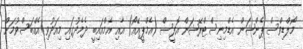
މޯލްޑިވްސް ޕެންޝަން އެޑްމިނިސްޓްރޭޝަން އޮފީސް (އެމްޕީއޭއޯ) އާއި އެމްއައިބީ ދެމެދުގައި މިއަދުވި އެއްބަސްވުމަށް